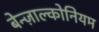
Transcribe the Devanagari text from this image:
बेन्ज़ाल्कोनियम